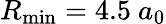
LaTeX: R_{\mathrm{min}}=4.5~a_{0}